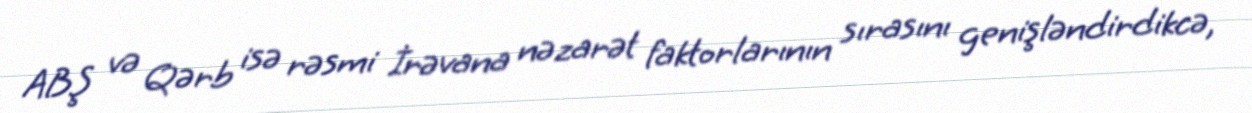
ABŞ və Qərb isə rəsmi İrəvana nəzarət faktorlarının sırasını genişləndirdikcə,